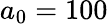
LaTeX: a_{0}=100